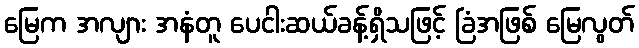
မြေက အလျား အနံတူ ပေငါးဆယ်ခန့်ရှိသဖြင့် ခြံအဖြစ် မြေလွတ်